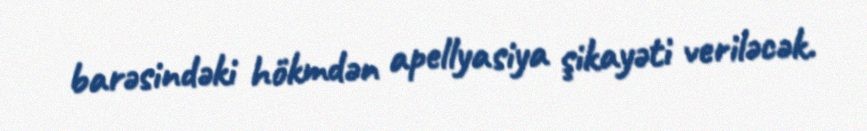
barəsindəki hökmdən apellyasiya şikayəti veriləcək.